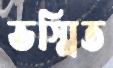
ভস্মিত